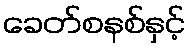
ခေတ်စနစ်နှင့်